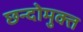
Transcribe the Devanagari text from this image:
छन्दोमुक्त